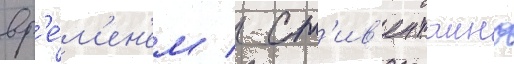
вр'е́м'ен'ем / ст'ив'ен таино